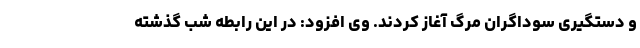
و دستگیری سوداگران مرگ آغاز کردند. وی افزود: در این رابطه شب گذشته